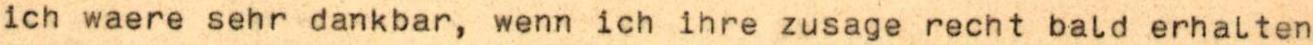
ich waere sehr dankbar, wenn ich ihre zusage recht bald erhalten